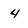
Character: 4